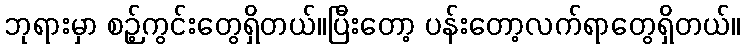
ဘုရားမှာ စဉ့်ကွင်းတွေရှိတယ်။ပြီးတော့ ပန်းတော့လက်ရာတွေရှိတယ်။